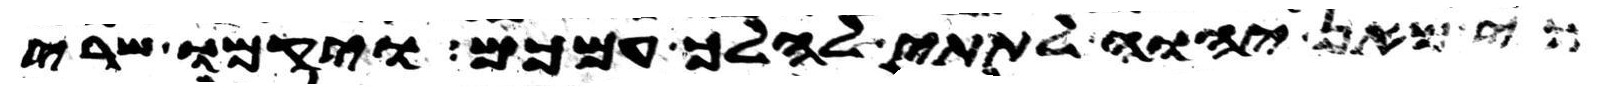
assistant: כי מאן יהוה לתתי להלך עמכם ויקמו שרי